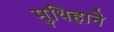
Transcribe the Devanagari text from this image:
मुथिहाने